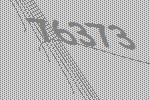
76373